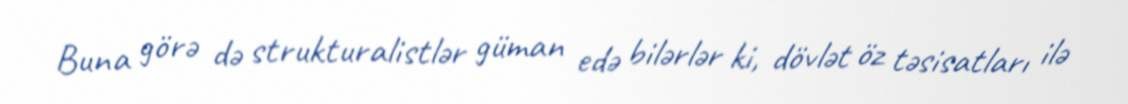
Buna görə də strukturalistlər güman edə bilərlər ki, dövlət öz təsisatları ilə